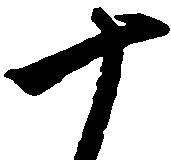
十